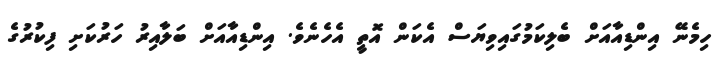
ހިމެނޭ އިންޑިއާއަށް ބެލިކަމުގައިވިޔަސް އެކަން އޮތީ އެހެނެވެ. އިންޑިއާއަށް ބަލާއިރު ހަރުކަށި ފިކުރުގެ